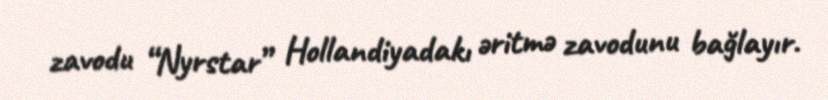
zavodu “Nyrstar” Hollandiyadakı əritmə zavodunu bağlayır.